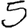
Digit: 5